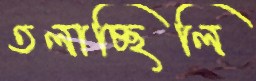
তলাচ্ছিলি